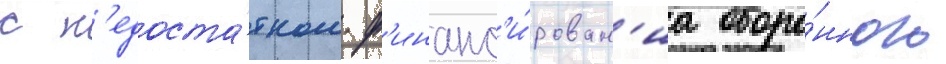
с н'едоста́тком ф'инанс'и́рован'иа оборо́нного